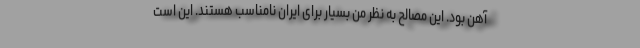
آهن بود. این مصالح به نظر من بسیار برای ایران نامناسب هستند. این است